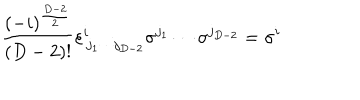
\frac { ( - i ) ^ { \frac { D - 2 } { 2 } } } { ( D - 2 ) ! } \varepsilon _ { \, j _ { 1 } \cdots j _ { D - 2 } } ^ { i } \sigma ^ { j _ { 1 } } \cdots \sigma ^ { j _ { D - 2 } } = \sigma ^ { i }